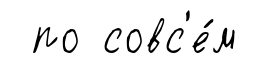
по совс'е́м